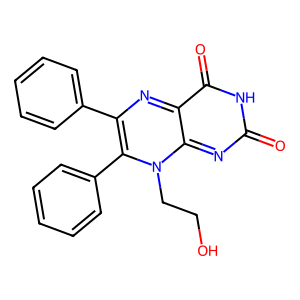
SMILES: O=c1nc2n(CCO)c(-c3ccccc3)c(-c3ccccc3)nc-2c(=O)[nH]1
Inhibits HIV replication: No